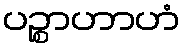
ပဉ္စာဟာဟံ